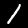
Label: 1